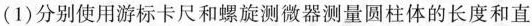
(1)分别使用游标卡尺和螺旋测微器测量圆柱体的长度和直